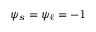
\psi _ { s } = \psi _ { \ell } = - 1